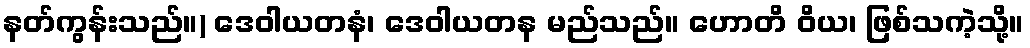
နတ်ကွန်းသည်။) ဒေဝါယတနံ၊ ဒေဝါယတန မည်သည်။ ဟောတိ ဝိယ၊ ဖြစ်သကဲ့သို့။